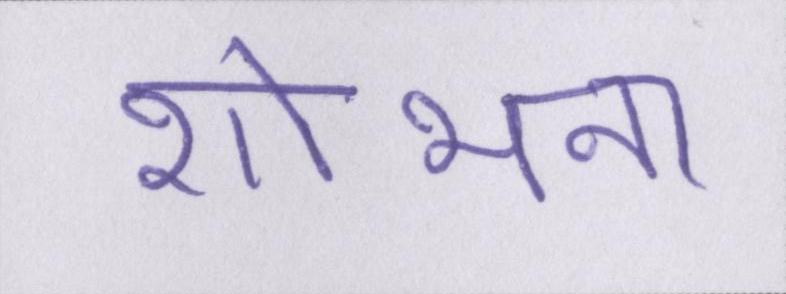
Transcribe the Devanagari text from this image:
शोभना